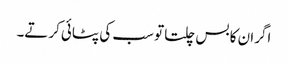
اگران کا بس چلتا تو سب کی پٹائی کرتے۔